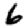
Digit: 6